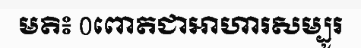
មតិ៖ 0ពោតជាអាហារសម្បូរ